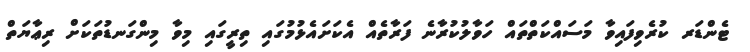
ޓެންޑަރ ކުރެވިފައިވާ މަސައްކަތްތައް ހަވާލުކުރާނެ ފަރާތެއް އެކަށައެޅުމުގައި ތިރީގައި މިވާ މިންގަނޑުތަކަށް ރިޢާޔަތް